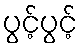
ပွင့်ပွင့်